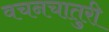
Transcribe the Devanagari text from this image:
वचनचातुरी